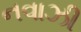
નવાઝી